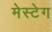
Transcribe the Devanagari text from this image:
मेस्टेग